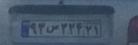
۹۳س۲۳۴۲۱